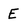
Character: E